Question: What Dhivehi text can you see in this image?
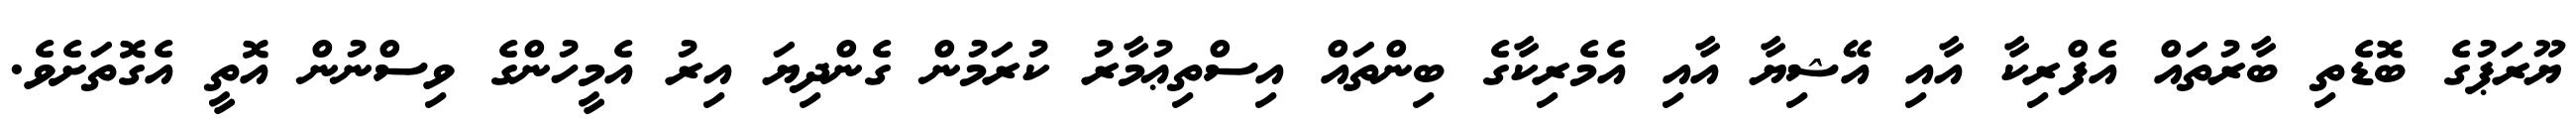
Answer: ޔޫރަޕުގެ ބޮޑެތި ބާރުތައް އެފްރިކާ އާއި އޭޝިޔާ އާއި އެމެރިކާގެ ބިންތައް އިސްތިޢުމާރު ކުރަމުން ގެންދިޔަ އިރު އެމީހުންގެ ވިސްނުން އޮތީ އެގޮތަށެވެ.